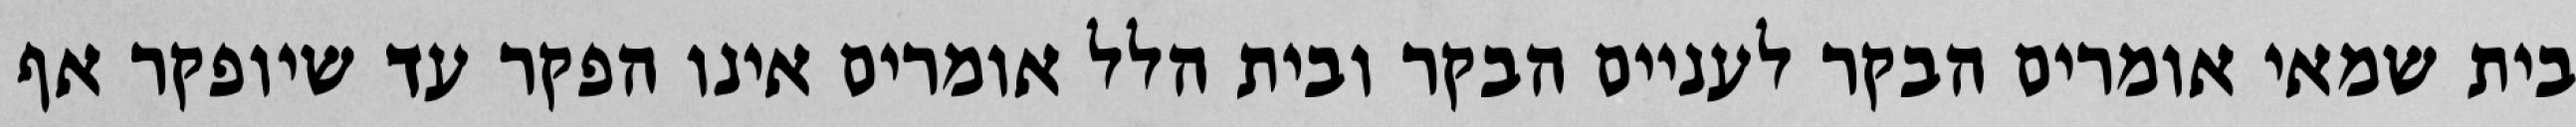
בית שמאי אומרים הבקר לעניים הבקר ובית הלל אומרים אינו הפקר עד שיופקר אף